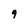
Character: 9